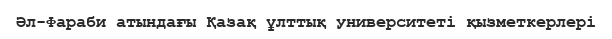
Әл-Фараби атындағы Қазақ ұлттық университеті қызметкерлері